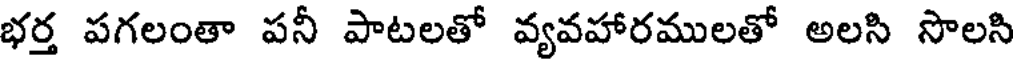
భర్త పగలంతా పనీ పాటలతో వ్యవహారములతో అలసి సొలసి